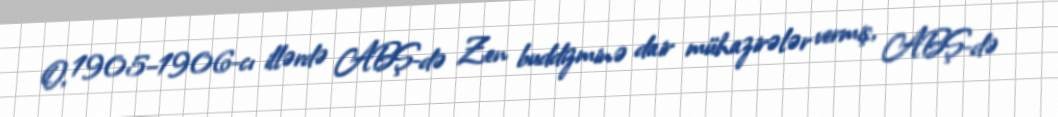
O, 1905–1906-cı illərdə ABŞ-də Zen buddizminə dair mühazirələr vermiş, ABŞ-də